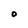
Character: O